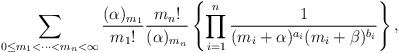
\begin{align*}\sum_{0\le m_1< \cdots<m_{n}<\infty}\frac{(\alpha)_{m_1}}{{m_1}!}\frac{{m_n}!}{(\alpha)_{m_n}}\left\{\prod_{i=1}^{n}\frac{1}{(m_i+\alpha)^{a_i}(m_i+\beta)^{b_i}}\right\},\end{align*}